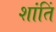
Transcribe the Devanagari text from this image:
शांतिं